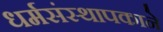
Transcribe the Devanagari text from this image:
धर्मसंस्थापकाने